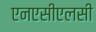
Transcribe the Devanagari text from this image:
एनएसीएलसी